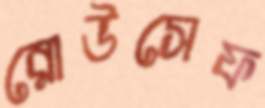
রোউসেফ